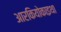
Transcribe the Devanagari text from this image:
आरकियोकाइथा